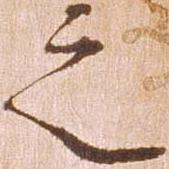
之